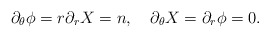
\begin{align*}\partial_\theta\phi = r\partial_r X = n ,\quad \partial_\theta X = \partial_r\phi = 0.\end{align*}